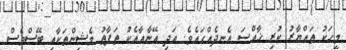
މީހަކު ތައްޔާރު ކުރި ޚާއްޞަ އެނދެއްގައެވެ. އަދި އޭނާއާއެކު ތަފާތު މެޝިންތަކާއި ބޭސްވެސް